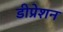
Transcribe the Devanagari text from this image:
डीप्रेशन